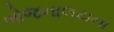
ભોજનાલયના